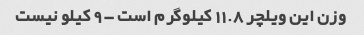
وزن این ویلچر 11.8 کیلوگرم است - 9 کیلو نیست